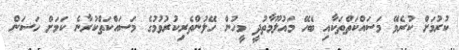
ކުރުމަށް ކުރެވޭ މަސައްކަތްތަކާއި ބެހޭ މައުލޫމާތުދީ މީހުން ހޭލުންތެރިކުުރުވުމުގެ މަސައްކަތްކުރާނެ ކަމަށް ހަސަން